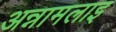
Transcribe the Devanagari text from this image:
अन्नामलाइ